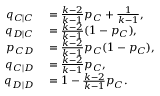
\begin{array} { r l } { q _ { C | C } } & { { } = \frac { k - 2 } { k - 1 } p _ { C } + \frac { 1 } { k - 1 } , } \\ { q _ { D | C } } & { { } = \frac { k - 2 } { k - 1 } ( 1 - p _ { C } ) , } \\ { p _ { C D } } & { { } = \frac { k - 2 } { k - 1 } p _ { C } ( 1 - p _ { C } ) , } \\ { q _ { C | D } } & { { } = \frac { k - 2 } { k - 1 } p _ { C } , } \\ { q _ { D | D } } & { { } = 1 - \frac { k - 2 } { k - 1 } p _ { C } . } \end{array}